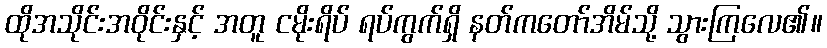
ထိုအသိုင်းအဝိုင်းနှင့် အတူ ငမိုးရိပ် ရပ်ကွက်ရှိ နတ်ကတော်အိမ်သို့ သွားကြလေ၏။